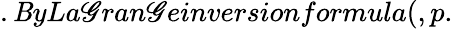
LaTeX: .\mathit{B}yLa\mathscr{G}ran\mathscr{G}einversionformula(,p.